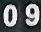
09